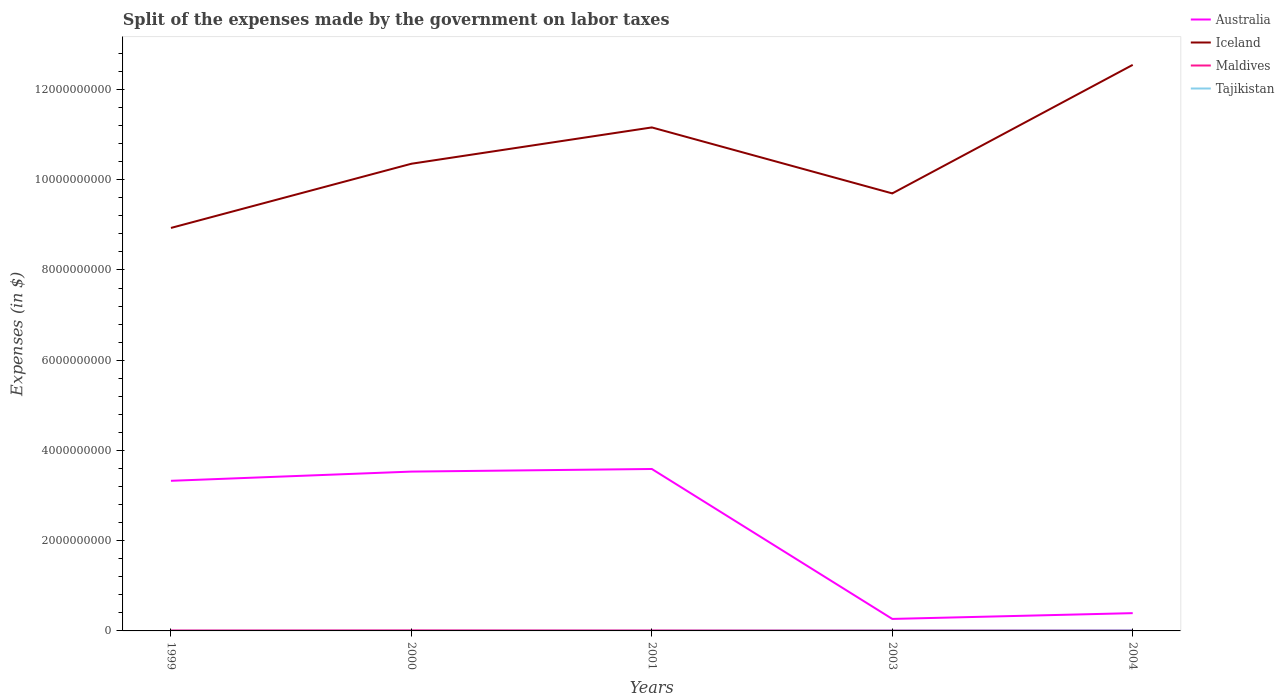
| Years | Australia | Iceland | Maldives | Tajikistan |
 | --- | --- | --- | --- | --- |
 | 1999 | 3.33e+09 | 8.93e+09 | 1.11e+07 | 2.09e+06 |
 | 2000 | 3.53e+09 | 1.04e+10 | 1.34e+07 | 1.83e+06 |
 | 2001 | 3.59e+09 | 1.12e+10 | 1.19e+07 | 3.17e+06 |
 | 2003 | 2.66e+08 | 9.7e+09 | 1.06e+07 | 7.63e+06 |
 | 2004 | 3.94e+08 | 1.25e+10 | 1.22e+07 | 1.14e+07 |